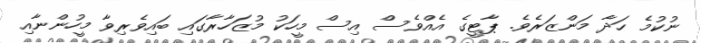
ނުކުމެ ހަދާ މަންޒަރެވެ. ޕާޓީގެ އެއްވެސް އިސް މީހަކު މުޒަހާރާގައި ބައިވެރިވާ މީހުންނާއި